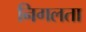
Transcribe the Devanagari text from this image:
निगलता